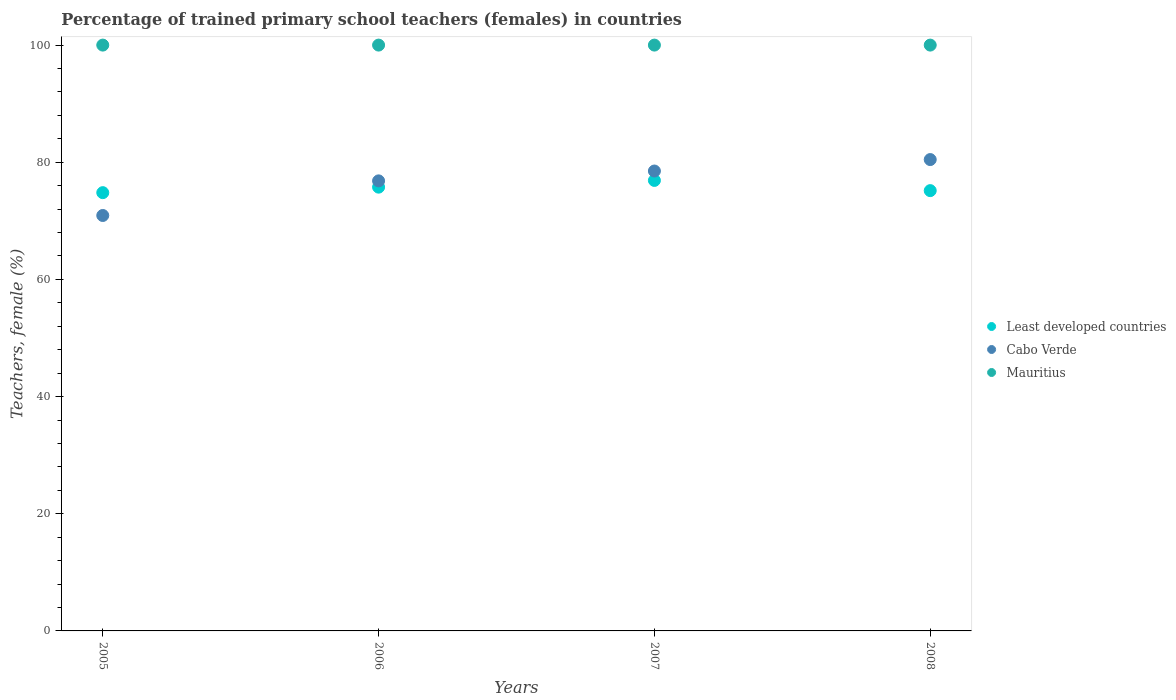
| Years | Least developed countries | Cabo Verde | Mauritius |
 | --- | --- | --- | --- |
 | 2005 | 74.8 | 70.9 | 100 |
 | 2006 | 75.8 | 76.8 | 100 |
 | 2007 | 76.9 | 78.5 | 100 |
 | 2008 | 75.2 | 80.5 | 100 |